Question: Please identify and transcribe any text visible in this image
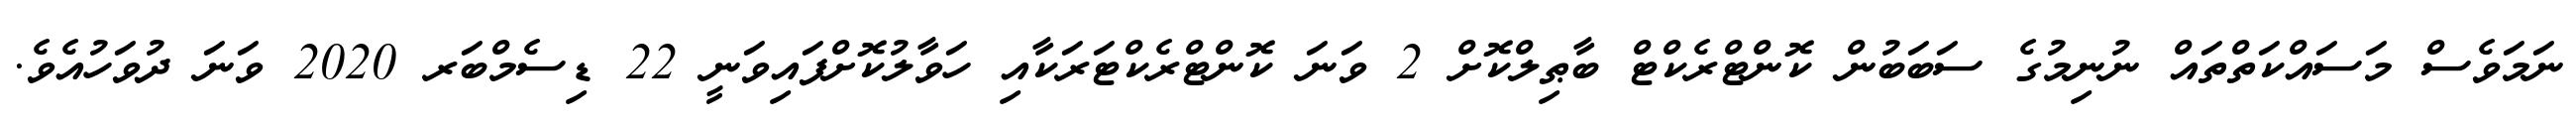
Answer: ނަމަވެސް މަސައްކަތްތައް ނުނިމުގެ ސަބަބުން ކޮންޓްރެކްޓް ބާޠިލްކޮށް 2 ވަނަ ކޮންޓްރެކްޓަރަކާއި ހަވާލުކޮށްފައިވަނީ 22 ޑިސެމްބަރ 2020 ވަނަ ދުވަހުއެވެ.